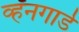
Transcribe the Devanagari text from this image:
व्हॅनगार्ड